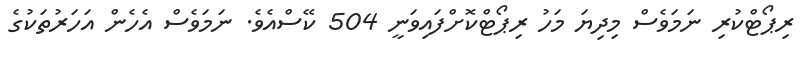
ރިޕޯޓްކުރި ނަމަވެސް މިދިޔަ މަހު ރިޕޯޓްކޮށްފައިވަނީ 504 ކޭސްއެވެ. ނަމަވެސް އެހެން އަހަރުތަކުގެ